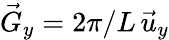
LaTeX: \vec{G}_{y}=2\pi/L\, \vec{u}_{y}